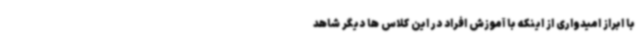
با ابراز امیدواری از اینکه با آموزش افراد در این کلاس ها دیگر شاهد